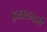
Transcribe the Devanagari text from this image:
इखलभजी